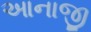
આનાજી